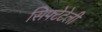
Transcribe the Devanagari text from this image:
सिफ्टेटेली